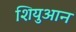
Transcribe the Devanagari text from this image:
शियुआन